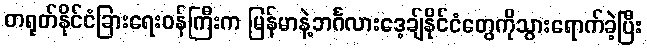
တရုတ်နိုင်ငံခြားရေးဝန်ကြီးက မြန်မာနဲ့ဘင်္ဂလားဒေ့ချ်နိုင်ငံတွေကိုသွားရောက်ခဲ့ပြီး